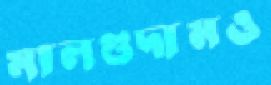
মালগুদামও